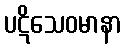
ပဋိသေဝမာနာ